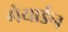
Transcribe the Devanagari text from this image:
गेयार्डन